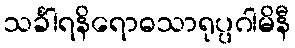
သင်္ခါရနိရောဓသာရုပ္ပဂါမိနီ